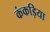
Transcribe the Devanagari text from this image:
कंकड़िया